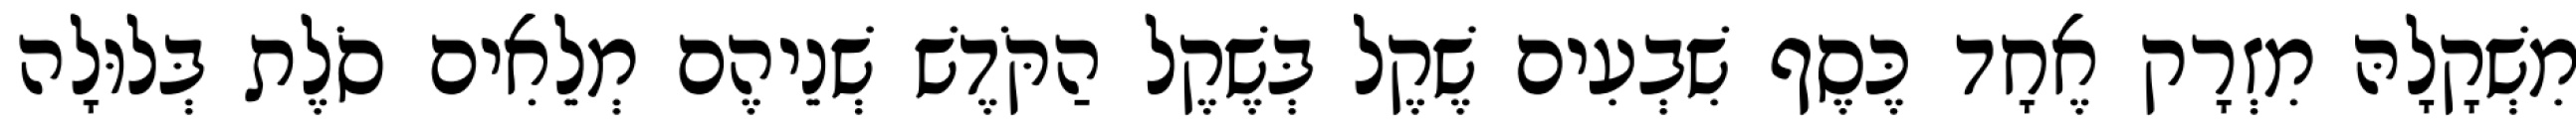
מִשְׁקָלָהּ מִזְרָק אֶחָד כֶּסֶף שִׁבְעִים שֶׁקֶל בְּשֶׁקֶל הַקֹּדֶשׁ שְׁנֵיהֶם מְלֵאִים סֹלֶת בְּלוּלָה